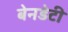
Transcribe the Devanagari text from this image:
बेनडेटी